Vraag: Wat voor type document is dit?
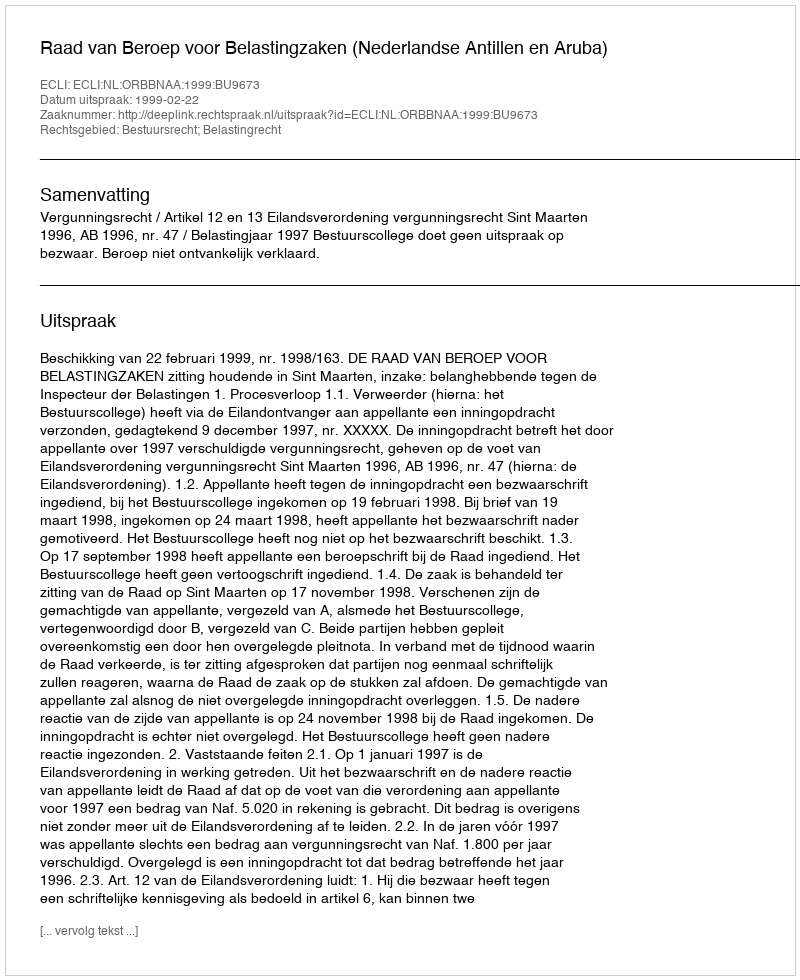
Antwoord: Uitspraak